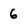
Character: 6